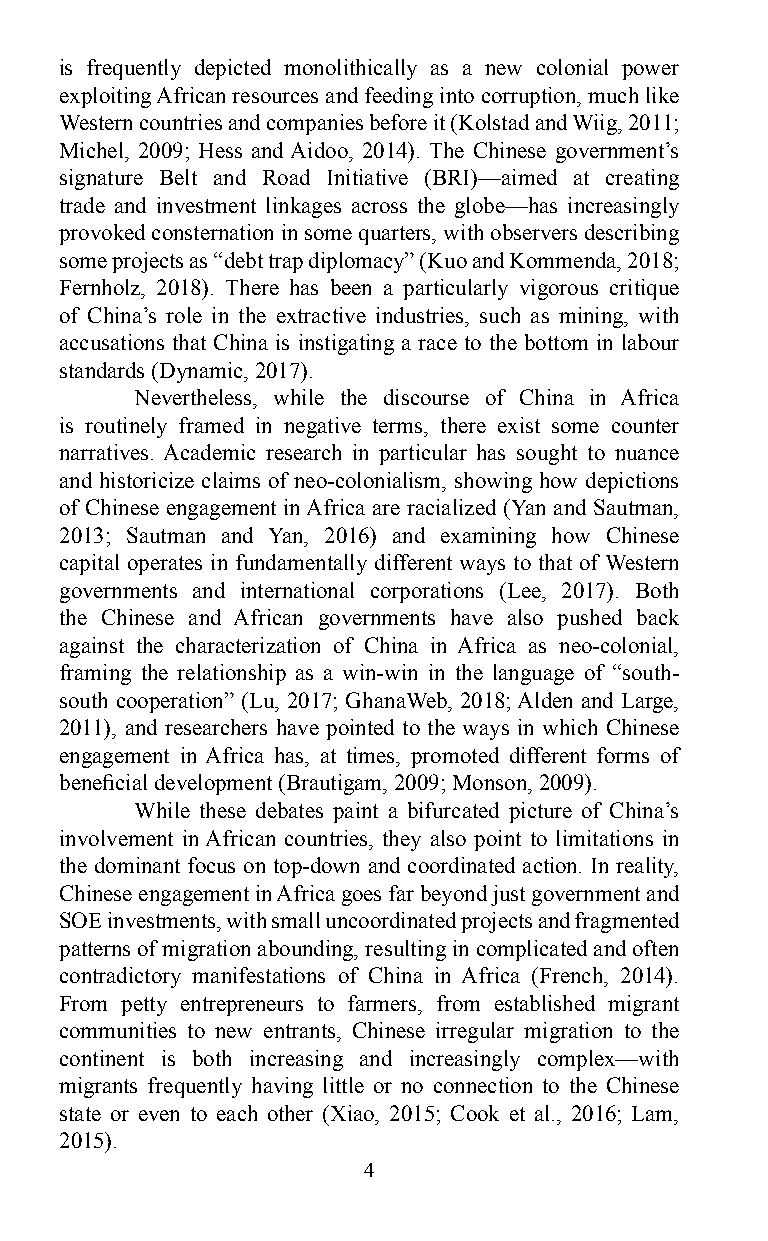
is frequently depicted monolithically as a new colonial power
 exploiting African resources and feeding into corruption, much like
 Western countries and companies before it (Kolstad and Wiig, 2011;
 Michel, 2009; Hess and Aidoo, 2014). The Chinese government’s
 signature Belt and Road Initiative (BRI)—aimed at creating
 trade and investment linkages across the globe—has increasingly
 provoked consternation in some quarters, with observers describing
 some projects as “debt trap diplomacy” (Kuo and Kommenda, 2018;
 Fernholz, 2018). There has been a particularly vigorous critique
 of China’s role in the extractive industries, such as mining, with
 accusations that China is instigating a race to the bottom in labour
 standards (Dynamic, 2017).
 Nevertheless, while the discourse of China in Africa
 is routinely framed in negative terms, there exist some counter
 narratives. Academic research in particular has sought to nuance
 and historicize claims of neo-colonialism, showing how depictions
 of Chinese engagement in Africa are racialized (Yan and Sautman,
 2013; Sautman and Yan, 2016) and examining how Chinese
 capital operates in fundamentally different ways to that of Western
 governments and international corporations (Lee, 2017). Both
 the Chinese and African governments have also pushed back
 against the characterization of China in Africa as neo-colonial,
 framing the relationship as a win-win in the language of “south-
 south cooperation” (Lu, 2017; GhanaWeb, 2018; Alden and Large,
 2011), and researchers have pointed to the ways in which Chinese
 engagement in Africa has, at times, promoted different forms of
 beneficial development (Brautigam, 2009; Monson, 2009).
 While these debates paint a bifurcated picture of China’s
 involvement in African countries, they also point to limitations in
 the dominant focus on top-down and coordinated action. In reality,
 Chinese engagement in Africa goes far beyond just government and
 SOE investments, with small uncoordinated projects and fragmented
 patterns of migration abounding, resulting in complicated and often
 contradictory manifestations of China in Africa (French, 2014).
 From petty entrepreneurs to farmers, from established migrant
 communities to new entrants, Chinese irregular migration to the
 continent is both increasing and increasingly complex—with
 migrants frequently having little or no connection to the Chinese
 state or even to each other (Xiao, 2015; Cook et al., 2016; Lam,
 2015).
 4